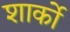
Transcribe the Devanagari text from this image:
शार्को